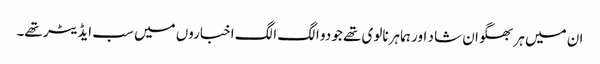
ان میں ہر بھگوان شا د اور ہما ہرنالوی تھے جو دو الگ الگ اخباروں میں سب ایڈیٹر تھے۔